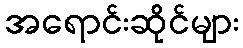
အရောင်းဆိုင်များ